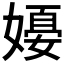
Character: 𪦗